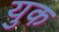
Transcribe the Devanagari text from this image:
युक